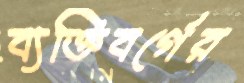
ব্যক্তিবর্গের